Vaccine operations Central Provinces & Berar 1922-1929 - 1922-1929
Year: 1922
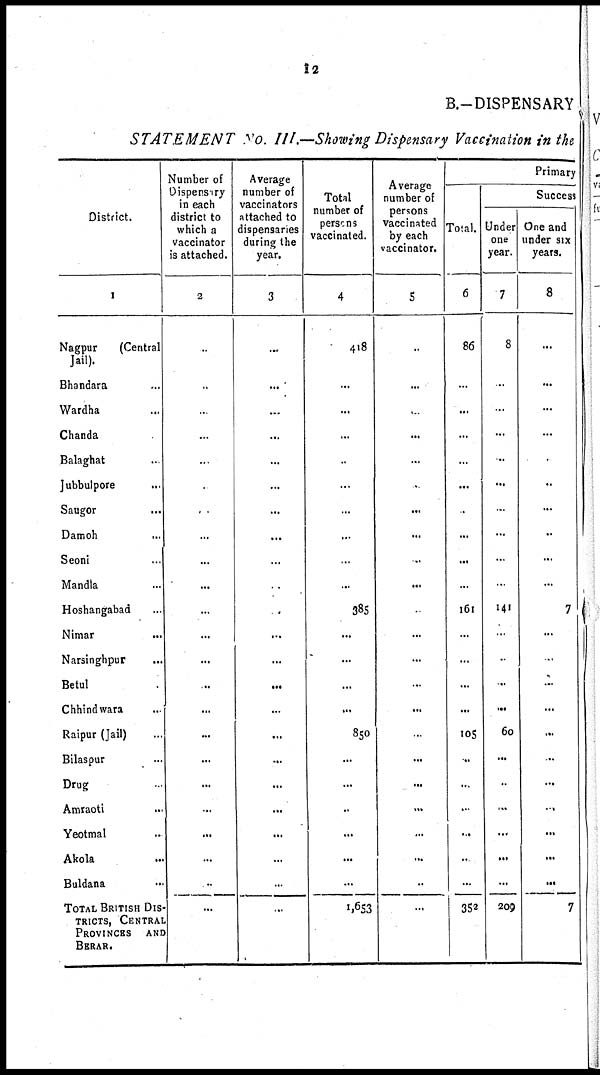
12
B.-DISPENSARY
STATEMENT No. III.—Showing Dispensary Vaccination in the
District.
1
Nagpur
(Central
Jail).
Bhandara...
Wardha...
Chanda
Balaghat..
Jubbulpore...
Saugor...
Damoh...
Seoni...
Mandla...
Hoshangabad...
Nimar...
Narsinghpur...
Betul...
Chhindwara...
Raipur (Jail)...
Bilaspur...
Drug...
Amraoti...
Yeotmal...
Akola...
Buldana...
TOTAL BRITISH DIS-
TRICTS, CENTRAL
PROVINCES AND
BERAR.
Number of
Dispensary
in each
district to
which a
vaccinator
is attached.
2
..
..
..
...
...
...
.
...
...
...
...
...
...
..
...
...
...
...
...
...
...
..
...
Average
number of
vaccinators
attached to
dispensaries
during the
year.
3
...
...
...
...
...
...
...
...
...
.
.
...
...
...
...
...
...
...
...
...
...
...
...
Total
number of
persons
vaccinated.
4
418
...
...
...
..
...
...
...
...
...
385
...
...
...
...
850
...
...
..
...
...
...
1,653
Average
number of
persons
vaccinated
by each
vaccinator.
5
..
...
..
...
...
.
...
...
..
...
.
...
...
...
...
...
...
...
...
...
...
..
...
Primary
Total.
6
86
...
...
...
...
...
.
...
...
...
161
...
...
...
...
105
...
...
..
..
..
...
352
Success
Under
one
year.
7
8
..
...
...
..
...
...
...
...
..
141
...
..
..
...
60
...
..
...
...
...
...
209
One and
under six
years.
8
...
...
...
...
...
..
...
..
...
...
7
...
...
...
...
...
..
...
..
...
...
...
7